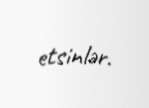
etsinlər.